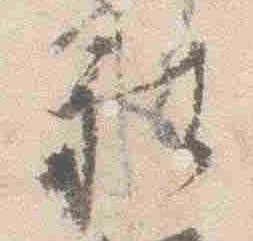
被